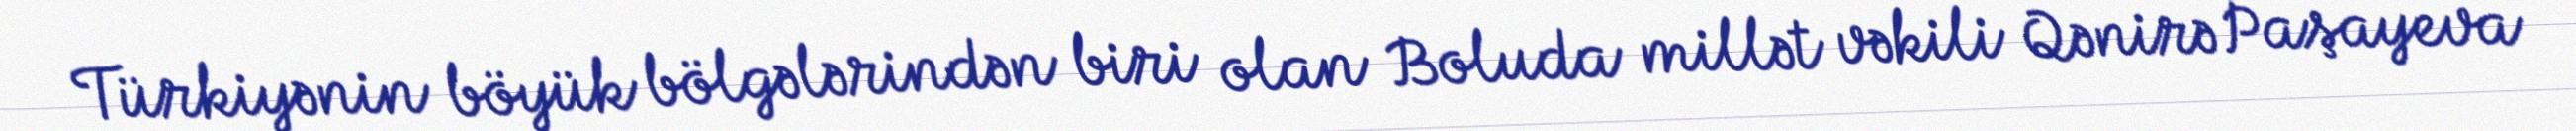
Türkiyənin böyük bölgələrindən biri olan Boluda millət vəkili Qənirə Paşayeva